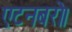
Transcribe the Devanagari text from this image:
एटनबरो।